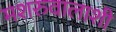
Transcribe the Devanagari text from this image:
मशरुवालाशी